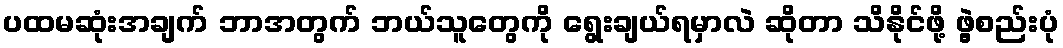
ပထမဆုံးအချက် ဘာအတွက် ဘယ်သူတွေကို ရွေးချယ်ရမှာလဲ ဆိုတာ သိနိုင်ဖို့ ဖွဲ့စည်းပုံ